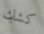
كشك